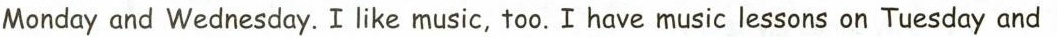
Monday and Wednesday. I like music, too.I have music lessons on Tuesday and